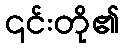
၎င်းတို၏